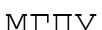
МГПУ